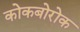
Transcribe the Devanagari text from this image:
कोकबोरोक